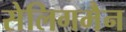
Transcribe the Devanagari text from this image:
सेलिगमैन